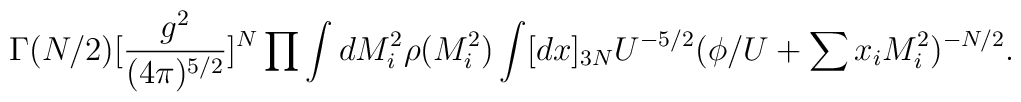
\Gamma(N/2)[\frac{g^2}{(4\pi )^{5/2}}]^N \prod \int dM_i^2 \rho (M_i^2)\int [dx]_{3N}U^{-5/2}(\phi/U+\sum x_iM^2_i)^{-N/2}.